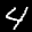
Label: 4